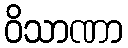
ဝိသာဏာ